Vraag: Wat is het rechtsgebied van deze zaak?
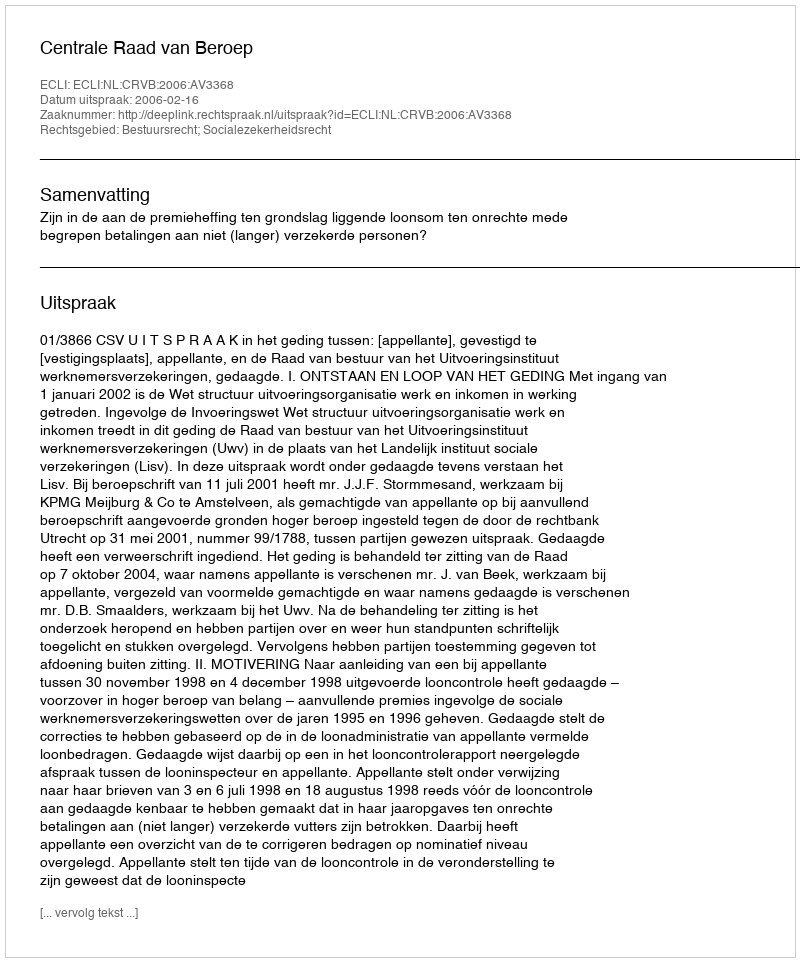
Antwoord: Bestuursrecht; Socialezekerheidsrecht